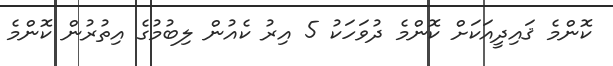
ކޮންމެ ޤައިދީއަކަށް ކޮންމެ ދުވަހަކު 5 އިރު ކެއުން ލިބުމުގެ އިތުރުން ކޮންމެ